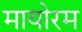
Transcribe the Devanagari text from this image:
मायोरम